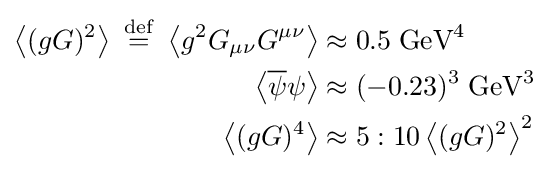
{\begin{aligned}\left\langle (gG)^{2}\right\rangle \ {\stackrel {\mathrm {def} }{=}}\ \left\langle g^{2}G_{\mu \nu }G^{\mu \nu }\right\rangle &\approx 0.5\;{\text{GeV}}^{4}\\\left\langle {\overline {\psi }}\psi \right\rangle &\approx (-0.23)^{3}\;{\text{GeV}}^{3}\\\left\langle (gG)^{4}\right\rangle &\approx 5:10\left\langle (gG)^{2}\right\rangle ^{2}\end{aligned}}